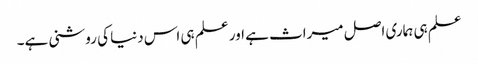
علم ہی ہماری اصل میراث ہے اور علم ہی اس دنیا کی روشنی ہے۔